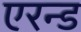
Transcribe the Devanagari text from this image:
एरन्ड